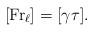
LaTeX: \begin{align*}[\mathrm{Fr}_{\ell}] = [\gamma\tau].\end{align*}